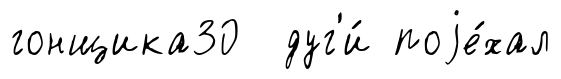
гонщика30 дуг'и́ поjе́хал